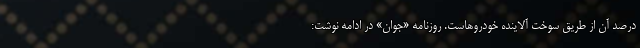
درصد آن از طریق سوخت آلاینده خودروهاست. روزنامه «جوان» در ادامه نوشت: